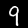
Label: 9